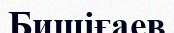
Бишіғаев